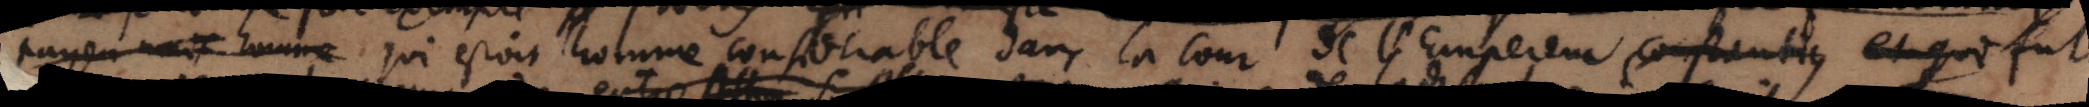
payen mais homme qui estois homme confortable dans la cour de l’empereur et qui fut